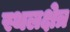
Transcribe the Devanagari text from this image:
स्थलक्षेत्र